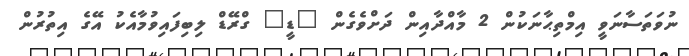
ނުވަތަސާނަވީ އިމްތިޙާނަކުން 2 މާއްދާއިން ދަށްވެގެން "ޑީ" ގްރޭޑް ލިބިފައިވުމާއެކު އޭގެ އިތުރުން